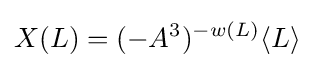
X(L)=(-A^{3})^{-w(L)}\langle L\rangle